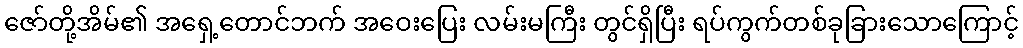
ဇော်တို့အိမ်၏ အရှေ့တောင်ဘက် အဝေးပြေး လမ်းမကြီး တွင်ရှိပြီး ရပ်ကွက်တစ်ခုခြားသောကြောင့်